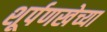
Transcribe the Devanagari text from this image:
शूर्पणखेच्या